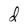
Character: d